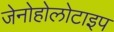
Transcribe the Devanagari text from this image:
जेनोहोलोटाइप